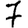
Digit: 7